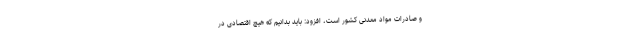
و صادرات مواد معدنی کشور است، افزود: باید بدانیم که هیچ اقتصادی در